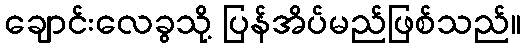
ချောင်းလေခွသို့ ပြန်အိပ်မည်ဖြစ်သည်။